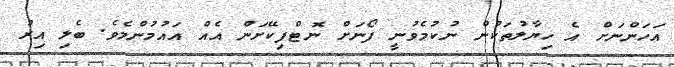
އަހަންނަށް އެ ހިޔާލުތަކުން ނުކުމެވުނީ ފޯނަށް ނޮޓްފިކޭށަން އެއް އައުމުންމެވެ. ބެލި އިރު